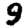
Digit: 9